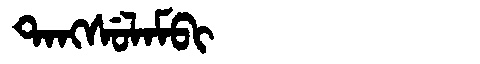
Manchu: ᡨᠠᠩᠰᡠᠯᠠᠮᠪᡳ
Romanization: TANGSULAMBI